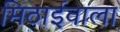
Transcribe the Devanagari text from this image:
मिठार्इवाला